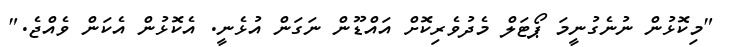
"މިކޮޅުން ނުނެގުނީމަ ޕޯޓަލް މެދުވެރިކޮށް އައްޑޫން ނަގަން އުޅެނީ. އެކޮޅުން އެކަން ވެއްޖެ."